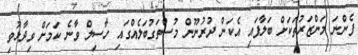
ފެންނަ މަންޒަރުތަކަށް ބަލާފައި އެކަން ދުރުނޫން މުސްތަގުބަލެއްގައި ހާސިލް ވާނެ ކަމަަށް ވިދާޅުވި